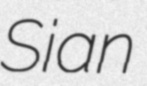
Sian